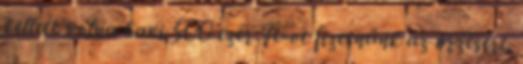
kellett volna havi 500 ezer Ft-ot fizetnünk az őrzésért.